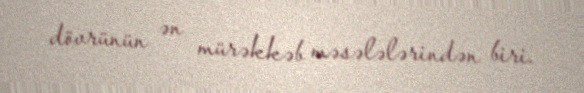
dövrünün ən mürəkkəb məsələlərindən biri.